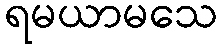
ရမယာမသေ